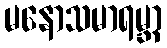
မနောသမာရမ္ဘာ